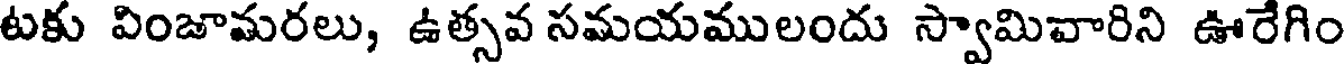
టకు వింజామరలు, ఉత్సవ సమయములందు స్వామివారిని ఊరేగిం